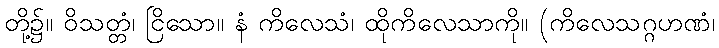
တို့၌။ ဝိသတ္တံ၊ ငြိသော။ နံ ကိလေသံ၊ ထိုကိလေသာကို။ (ကိလေသဂ္ဂဟဏံ၊